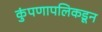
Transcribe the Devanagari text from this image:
कुंपणापलिकडून